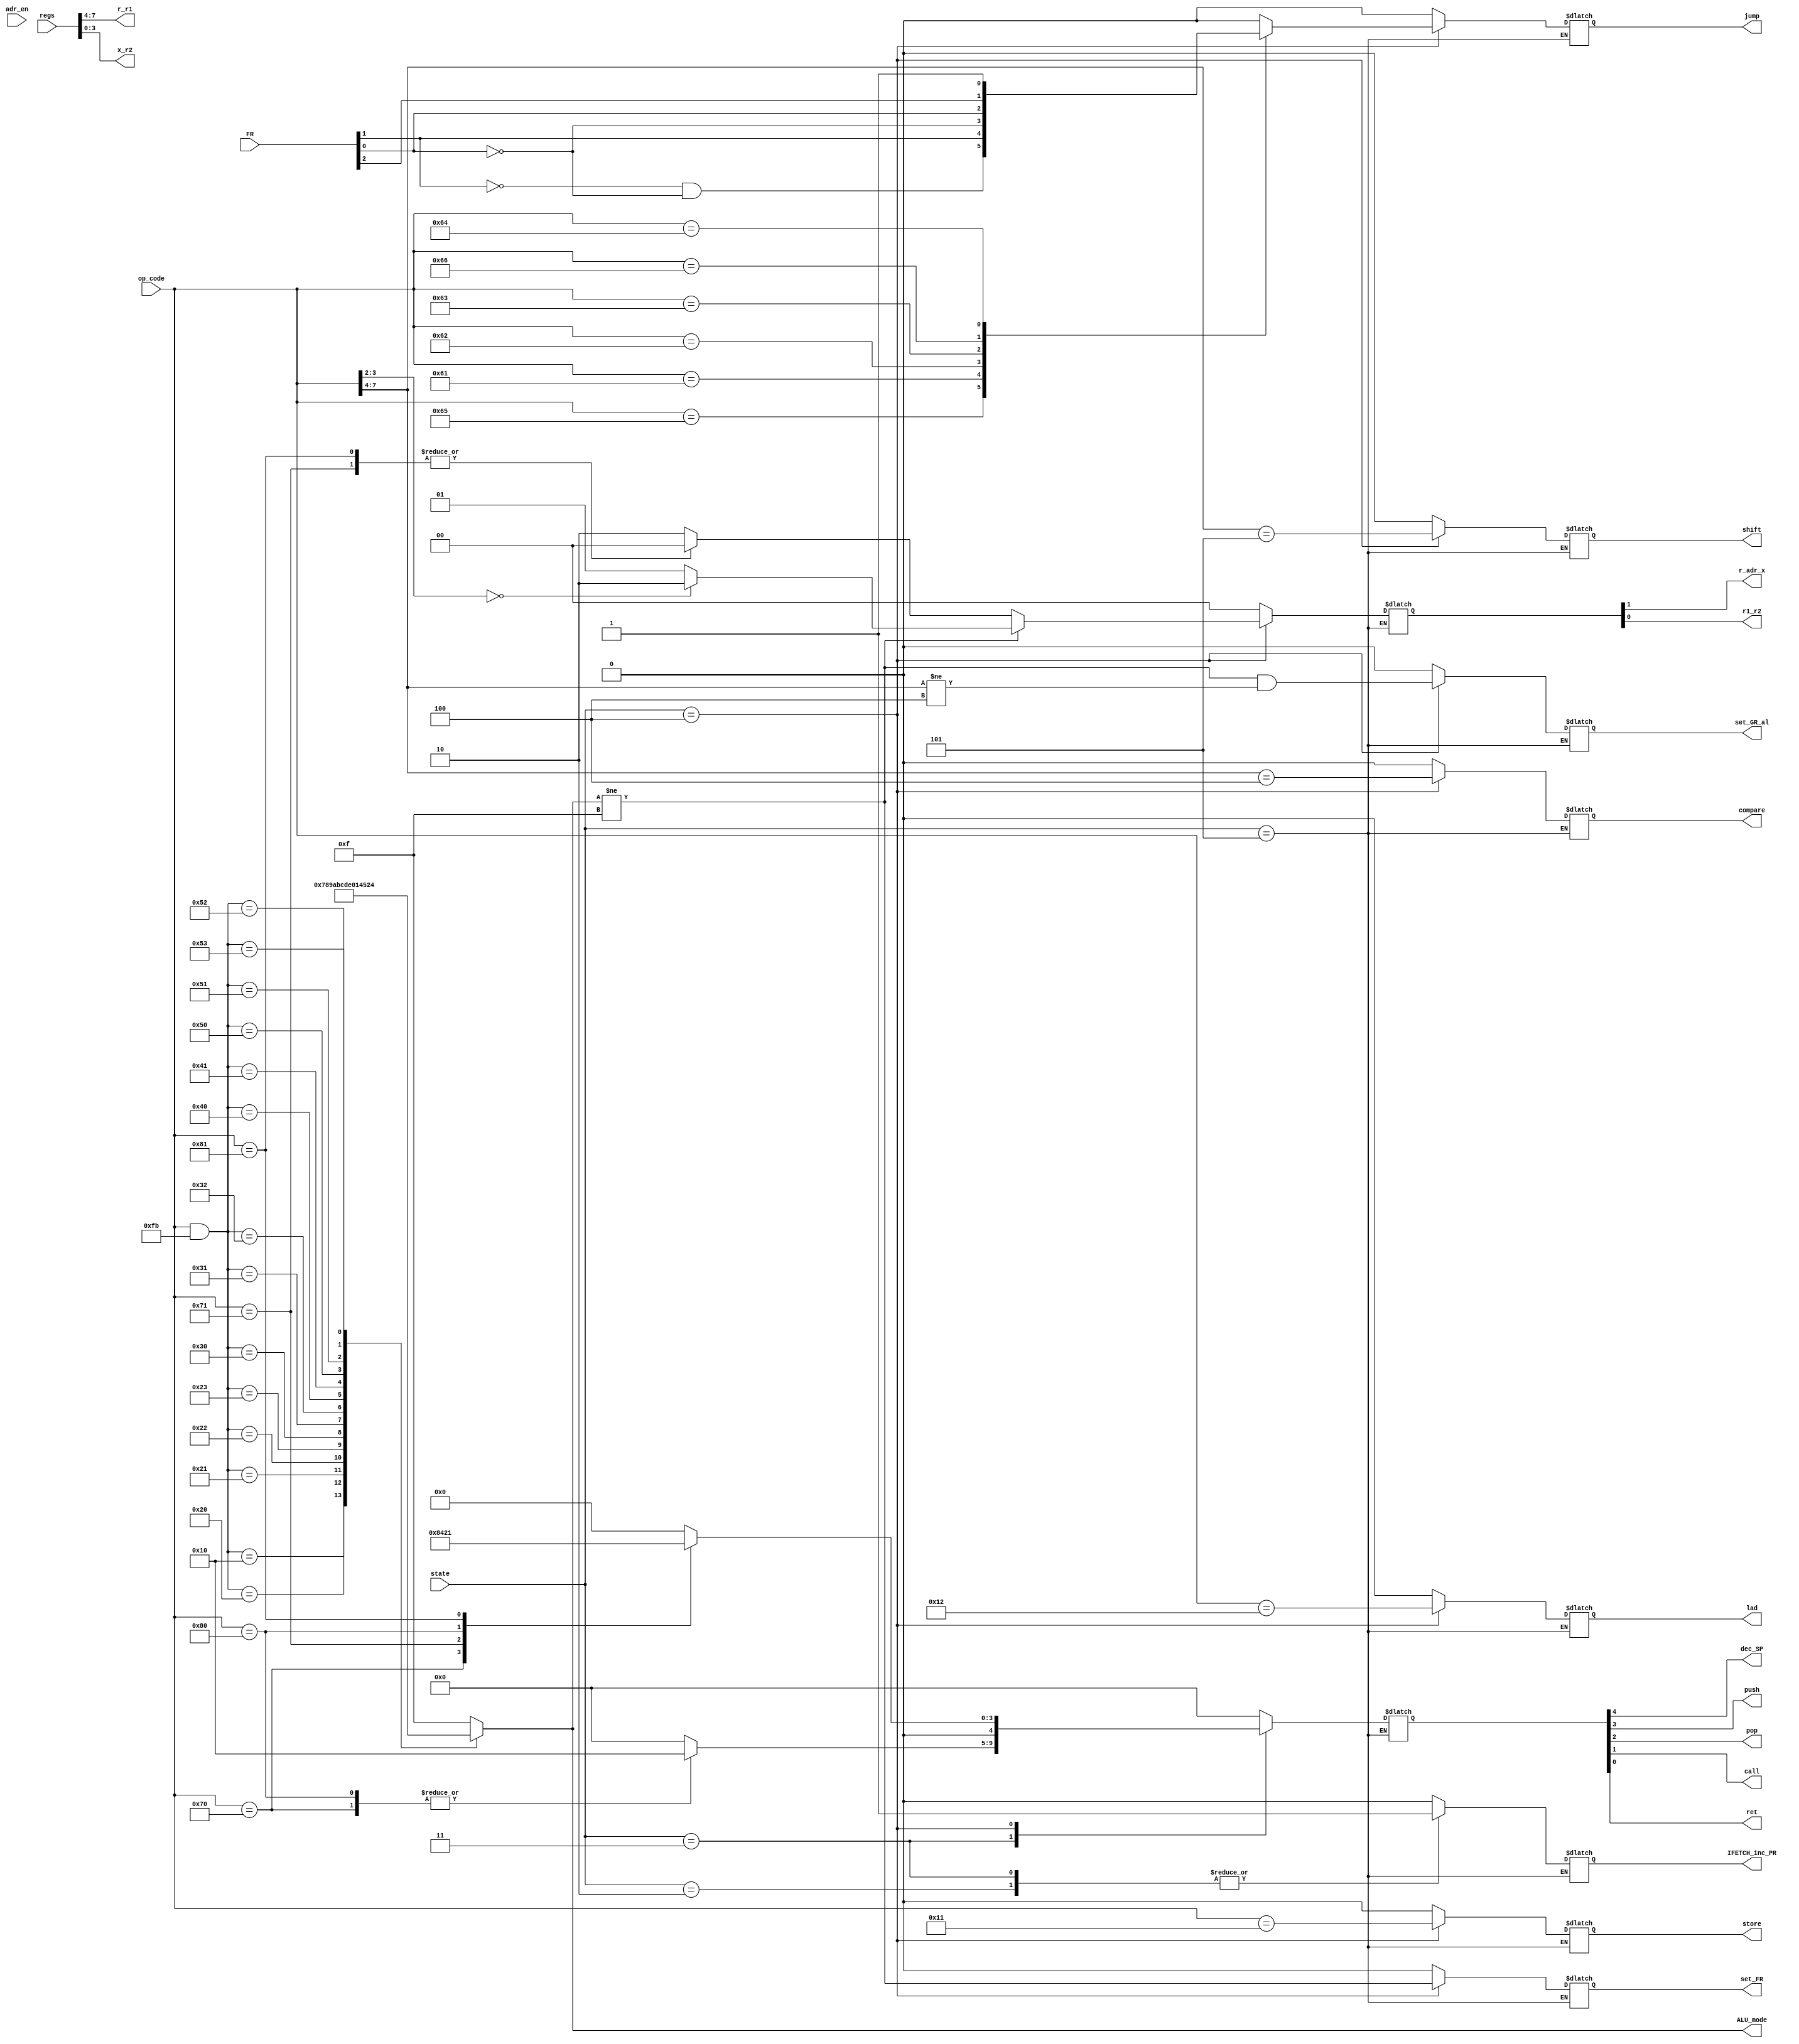
module Comet_II_instrument_decoder (
    input [2:0] state,
    input [2:0] FR,
    input [7:0] op_code,
    input [7:0] regs,
    input adr_en,

    output [3:0] r_r1,
    output [3:0] x_r2,

    //decoded Control Signals Output 
    output [3:0] ALU_mode,

    output IFETCH_inc_PR,

    output r_adr_x,
    output r1_r2,

    output set_GR_al,
    output store,
    output lad,

    output set_FR,
    output shift,
    output compare,

    output jump,

    output dec_SP,
    output push,

    output pop,
    output call,
    output ret    );   

    wire OF = FR[2];
    wire SF = FR[1];
    wire ZF = FR[0];

    reg [14:0]  decoded_pattern;



    assign {IFETCH_inc_PR 
           ,r_adr_x,r1_r2  
           ,set_GR_al ,store  ,lad    
           ,set_FR ,shift ,compare
           ,jump   
           ,dec_SP ,push   ,pop    ,call   ,ret}   = decoded_pattern;

    reg ALU_mode;

    ////// localparams /////////////

    //OP Code definition  
    localparam NOP = 8'b0000_0000;
  
    localparam LD   = 8'b0001_0000; //Third lowest bit set tp zero
    localparam ST   = 8'b0001_0001;
    localparam LAD  = 8'b0001_0010;  

    localparam ADDA = 8'b0010_0000; //Third lowest bit set tp zero  
    localparam SUBA = 8'b0010_0001; //Third lowest bit set tp zero  
    localparam ADDL = 8'b0010_0010; //Third lowest bit set tp zero  
    localparam SUBL = 8'b0010_0011; //Third lowest bit set tp zero  

    localparam AND  = 8'b0011_0000; //Third lowest bit set tp zero  
    localparam OR   = 8'b0011_0001; //Third lowest bit set tp zero  
    localparam XOR  = 8'b0011_0010; //Third lowest bit set tp zero  

    localparam CPA  = 8'b0100_0000; //Third lowest bit set tp zero  
    localparam CPL  = 8'b0100_0001; //Third lowest bit set tp zero  

    localparam SLA  = 8'b0101_0000; //Third lowest bit set tp zero  
    localparam SRA  = 8'b0101_0001; //Third lowest bit set tp zero  
    localparam SLL  = 8'b0101_0010; //Third lowest bit set tp zero  
    localparam SRL  = 8'b0101_0011; //Third lowest bit set tp zero  

    localparam JMI  = 8'b0110_0001;
    localparam JNZ  = 8'b0110_0010;
    localparam JZE  = 8'b0110_0011;
    localparam JUMP = 8'b0110_0100;
    localparam JPL  = 8'b0110_0101;
    localparam JOV  = 8'b0110_0110;

    localparam PUSH = 8'b0111_0000;
    localparam POP  = 8'b0111_0001;

    localparam CALL = 8'b1000_0000;
    localparam RET  = 8'b1000_0001;

    localparam SVC  = 8'b1111_0000; //Not To be Implemented 

    //ALU mode
    localparam ALU_NOP  = 4'b1111;

    localparam ALU_LD   = 4'b0111;   //Define LD as an Alisthmetic instruction for setting FR

    localparam ALU_ADDA = 4'b1000;
    localparam ALU_SUBA = 4'b1001;
    localparam ALU_ADDL = 4'b1010;
    localparam ALU_SUBL = 4'b1011;

    localparam ALU_AND  = 4'b1100;
    localparam ALU_OR   = 4'b1101;
    localparam ALU_XOR  = 4'b1110;

    localparam ALU_CPA  = 4'b0000;
    localparam ALU_CPL  = 4'b0001;

    localparam ALU_SLA  = 4'b0100;
    localparam ALU_SRA  = 4'b0101;
    localparam ALU_SLL  = 4'b0010;
    localparam ALU_SRL  = 4'b0011;

    //state(Stage) definition
    localparam  IDLE  = 3'b000;
    localparam  INIT  = 3'b001;
    localparam  IFET1 = 3'b010;
    localparam  IFET2 = 3'b011;
    localparam  EXEC  = 3'b100;
    localparam  WBACK = 3'b101;   //Write Back cycle (Not to be used)

    //set GR Number From First Instruction Word(Low eight bits)
    assign r_r1  = regs[7:4];
    assign x_r2  = regs[3:0];


    // ALU mode decode (OP Code to ALU mode)(conbination logic)
    always @(*)begin
        case(op_code & 8'b1111_1011)
            NOP  : ALU_mode = ALU_NOP; // NOP
            LD   : ALU_mode = ALU_LD;
            ADDA : ALU_mode = ALU_ADDA;
            SUBA : ALU_mode = ALU_SUBA;
            ADDL : ALU_mode = ALU_ADDL;
            SUBL : ALU_mode = ALU_SUBL;
            AND  : ALU_mode = ALU_AND;
            OR   : ALU_mode = ALU_OR;
            XOR  : ALU_mode = ALU_XOR;
            CPA  : ALU_mode = ALU_CPA;
            CPL  : ALU_mode = ALU_CPL;
            SLA  : ALU_mode = ALU_SLA;
            SRA  : ALU_mode = ALU_SRA;
            SLL  : ALU_mode = ALU_SLL;
            SRL  : ALU_mode = ALU_SRL;
            default: ALU_mode = ALU_NOP; // No Alismetic Instruction (to be set ALU_NOP)
        endcase
    end

    // Other Control signals Combination decoder (conbination logic)
    always @(*)begin
        case(state)
            IDLE :
                begin 
                    decoded_pattern = 15'b000_0000_0000_0000; //All Controll Signals set to low 
                end
            INIT : 
                begin 
                    decoded_pattern = 15'b000_0000_0000_0000; //All Controll Signals set to low  
                end
            IFET1: //First Word Instrument Fetch Cycle
                begin 
                    //set IFETCH_inc_PR to active to PR incriment
                    decoded_pattern = 15'b100_0000_0000_0000;                   
                end
            IFET2://Second Word Instrument Fetch Cycle
                begin
                    //set IFETCH_inc_PR to active to PR incriment 
                    decoded_pattern[14] = 1'b1;
                    
                    //set set_GR_al,store,lad to low
                    decoded_pattern[13:12] = 2'b00;

                    //set set_GR_al,store,lad to low
                    decoded_pattern[11:9] = 3'b000;

                    //set set_FR,shift,compare to low
                    decoded_pattern[8:6] = 3'b000;         

                    //set jump to low          
                    decoded_pattern[5] = 1'b0;

                    //set dec_SP for SP pre-declemention befoore PUSH/CALL Execute Cycle
                    case(op_code)
                        PUSH   : decoded_pattern[4:0] = 5'b1_0000;
                        CALL   : decoded_pattern[4:0] = 5'b1_0000;
                        default: decoded_pattern[4:0] = 5'b0_0000;
                    endcase
                end
            EXEC : //Execution Cycle
                begin
                    //set IFETCH_inc_PR to zero
                    decoded_pattern[14] = 1'b0;

                    //set ,r_adr_x,r1_r2
                    if(ALU_mode != ALU_NOP)begin  // Alithmetic Opration (include LD)
                        if(op_code [3:2] == 2'b00) decoded_pattern[13:12] = 2'b10;  // set r1.r2 mode (1 Word Istruction)
                        else decoded_pattern[13:12] = 2'b01;                        // set x,adr[,x] mode (2 Word Instruciton)
                    end else begin               // Non-Alithmetic operation
                        case(op_code)
                            POP     : decoded_pattern[13:12] = 2'b00;     
                            RET     : decoded_pattern[13:12] = 2'b00;
                            default : decoded_pattern[13:12] = 2'b10;     // set x,adr[,x] mode  (2 Word Instruciton)
                        endcase
                    end

                    //set set_GR_al,store,lad
                    decoded_pattern[11] = (ALU_mode != ALU_NOP & op_code[7:4] != 4'h4); //set set_GR_al for Alithmetic Operation include LD exclude CPA/CPL
                    decoded_pattern[10] = (op_code == ST);   // Set to store
                    decoded_pattern[ 9] = (op_code == LAD);  // Set to lad

                    //set set_FR
                    decoded_pattern[8] = (ALU_mode != ALU_NOP);
                    //set shift
                    decoded_pattern[7] = (op_code[7:4] == 4'h5); //Set to shift to direct effective adress value to ALU 
                    //set compare 
                    decoded_pattern[6] = (op_code[7:4] == 4'h4); //For Debug  *GR shall not change on CPA/CPL Instruction

                    //set jump
                     case(op_code)
                        JPL    : decoded_pattern[5] = (!SF & !ZF);
                        JMI    : decoded_pattern[5] = (SF);
                        JNZ    : decoded_pattern[5] = (!ZF);
                        JZE    : decoded_pattern[5] = (ZF);
                        JOV    : decoded_pattern[5] = (OF);
                        JUMP   : decoded_pattern[5] = 1'b1; 
                        CALL   : decoded_pattern[5] = 1'b0; 
                        RET    : decoded_pattern[5] = 1'b0;                 
                        default: decoded_pattern[5] = 1'b0;
                    endcase                   

                    //dec_SP ,push   ,pop    ,call   ,ret 
                    case(op_code)
                        PUSH   : decoded_pattern[4:0] = 5'b0_1000;
                        POP    : decoded_pattern[4:0] = 5'b0_0100;
                        CALL   : decoded_pattern[4:0] = 5'b0_0010;
                        RET    : decoded_pattern[4:0] = 5'b0_0001;
                        default: decoded_pattern[4:0] = 5'b0_0000;
                    endcase
                end
            WBACK:;
            default: decoded_pattern = 15'b000_0000_0000_0000;
        endcase
    end

endmodule